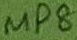
Text: MP8